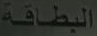
البطاقة